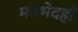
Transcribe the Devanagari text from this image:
मतभेदही